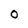
Character: o